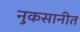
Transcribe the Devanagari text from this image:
नुकसानीत